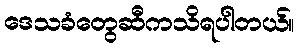
ဒေသခံတွေဆီကသိရပါတယ်။